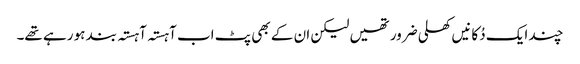
چند ایک دُکانیں کھلی ضرور تھیں لیکن ان کے بھی پٹ اب آہستہ آہستہ بند ہو رہے تھے۔